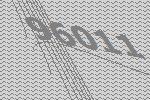
96011